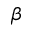
\beta